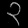
Digit: ၃